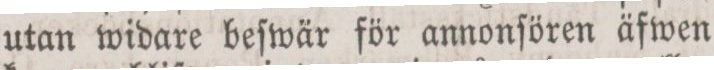
utan widare beſwär för annonſören äfwen